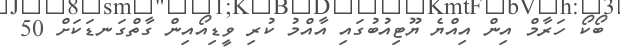
ބޯކޯ ހަރާމް އިން އިއްޔެ ޔޫޓިއުބުގައި އާއްމު ކުރި ވީޑިއޯއިން ގާތްގަނޑަކަށް 50